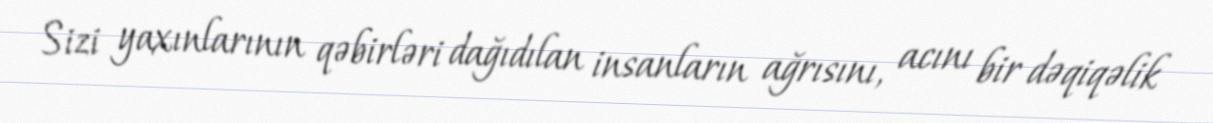
Sizi yaxınlarının qəbirləri dağıdılan insanların ağrısını, acını bir dəqiqəlik